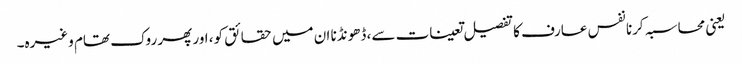
یعنی محاسبہ کرنا نفس عارف کا تفصیل تعینات سے، ڈھونڈنا ان میں حقائق کو، اور پھر روک تھام وغیرہ۔